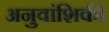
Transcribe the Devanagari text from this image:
अनुवांशिकी